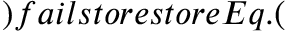
) f a i l s t o r e s t o r e E q . (